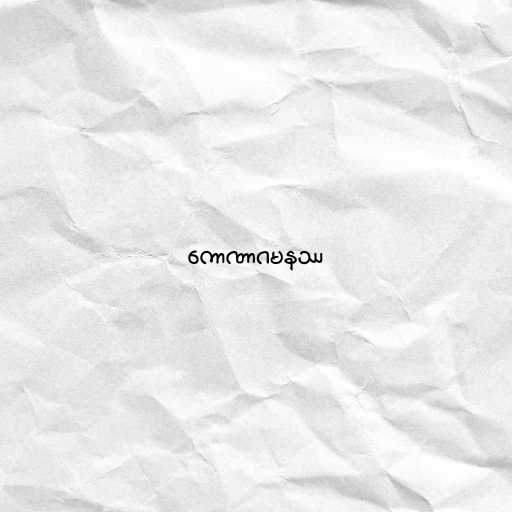
ကောဏာဂမနဿ